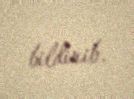
bildirib.